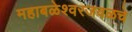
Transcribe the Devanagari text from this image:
महाबळेश्वरजवळचे